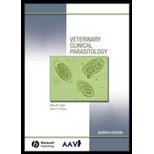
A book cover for Veterinary Clinical Parasitology by Zajac, Anne M., Conboy, Gary A.. (Blackwell Publishing,2006) [Spiral-bound] 7th Edition; Medical Books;